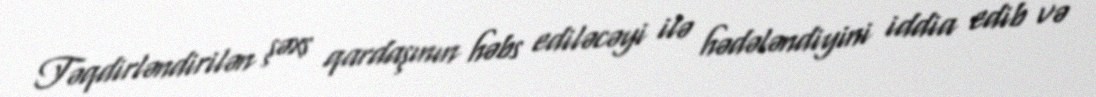
Təqdirləndirilən şəxs qardaşının həbs ediləcəyi ilə hədələndiyini iddia edib və